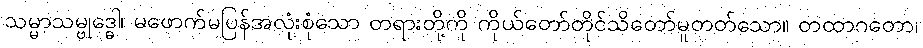
သမ္မာသမ္ဗုဒ္ဓေါ၊ မဖောက်မပြန်အလုံးစုံသော တရားတို့ကို ကိုယ်တော်တိုင်သိတော်မူတတ်သော။ တထာဂတော၊